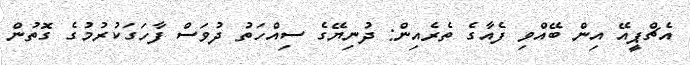
އެޗްޕީއޭ އިން ބޭއްވި ފެއާގެ ތެރެއިން: ދުނިޔޭގެ ސިއްހަތު ދުވަސް ފާހަގަކުރުމުގެ ގޮތުން